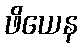
ဖိယေန